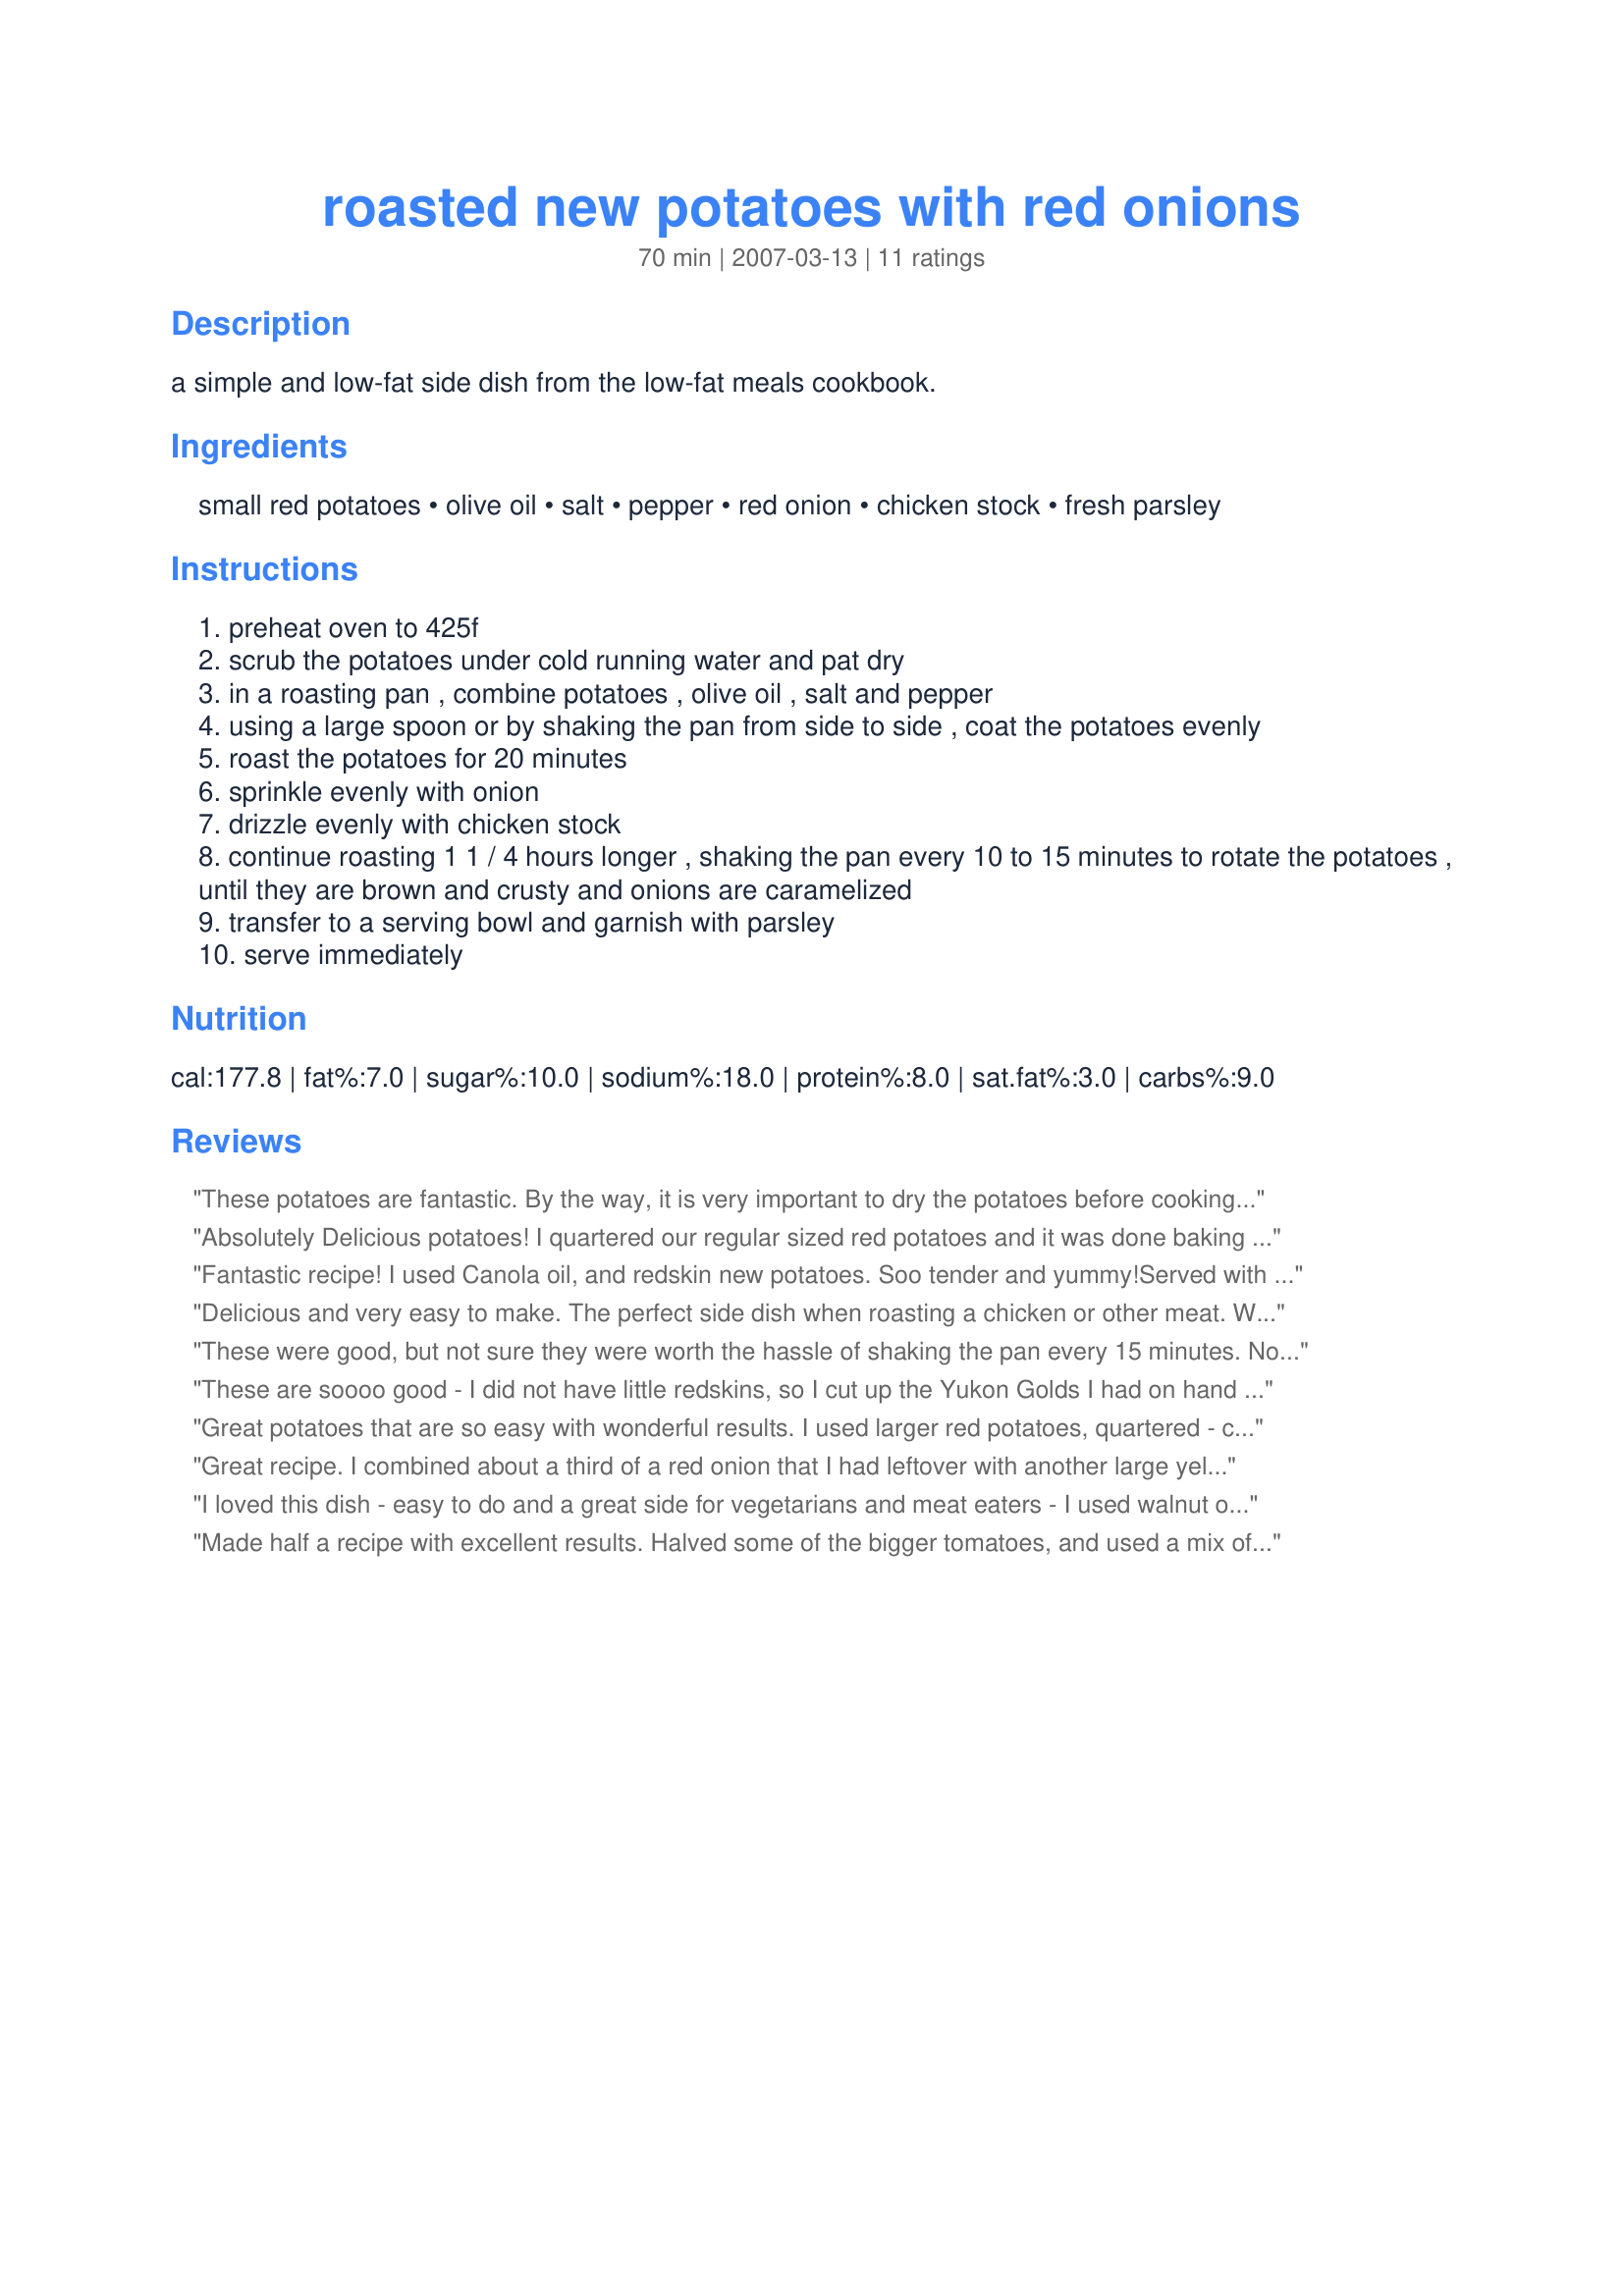
roasted new potatoes with red onions
Preparation time: 70 minutes

a simple and low-fat side dish from the low-fat meals cookbook.

Ingredients:
small red potatoes, olive oil, salt, pepper, red onion, chicken stock, fresh parsley

Steps:
preheat oven to 425f
scrub the potatoes under cold running water and pat dry
in a roasting pan , combine potatoes , olive oil , salt and pepper
using a large spoon or by shaking the pan from side to side , coat the potatoes evenly
roast the potatoes for 20 minutes
sprinkle evenly with onion
drizzle evenly with chicken stock
continue roasting 1 1 / 4 hours longer , shaking the pan every 10 to 15 minutes to rotate the potatoes , until they are brown and crusty and onions are caramelized
transfer to a serving bowl and garnish with parsley
serve immediately

Reviews:
These potatoes are fantastic. By the way, it is very important to dry the potatoes before cooking to get good resullts. Made as written and thoroughly enjoyed for Zaar World Tour.
Absolutely Delicious potatoes! I quartered our regular sized red potatoes and it was done baking in 1 hr total cook time. Served this with recipe#20099 and recipe#153388
Fantastic recipe! I used Canola oil, and redskin new potatoes. Soo tender and yummy!<br/>Served with Red Snapper , and the flavors blended very well.
Delicious and very easy to make. The perfect side dish when roasting a chicken or other meat. Will definitely make again.
These were good, but not sure they were worth the hassle of shaking the pan every 15 minutes. Not sure if I would make again?
These are soooo good - I did not have little redskins, so I cut up the Yukon Golds I had on hand and ended up cooking for 15 minutes less than listed in the recipe. These quickly disappeared at a family dinner and everyone raved about them. There were picky eaters, so when everyone likes something, you know it has to be good. These are a keeper, I love the little redskins so I will be doing that way, but it is nice to have options. Thank you lazyme
Great potatoes that are so easy with wonderful results. I used larger red potatoes, quartered - cooking a bit less. Thanks for sharing this keeper.
Great recipe. I combined about a third of a red onion that I had leftover with another large yellow onion. The potatoes came out wonderful, a little crisp on the outside and tender on the inside. The flavor of the onions was fantasitic. My whole family liked them, even my picky eater daughters. The only thing I changed in the recipe was to reduce the time by twenty minutes because the onions were on the verge of burning.
I loved this dish - easy to do and a great side for vegetarians and meat eaters - I used walnut oil instead of olive oil with a fabulous result and as I had no parsley I sprinkled snipped basil over the top so many thanks to lazyme.
Made half a recipe with excellent results. Halved some of the bigger tomatoes, and used a mix of vidalia (left over) and red onions. I may have cut the onions too small, as they were more burnt, much less caramelized. That's okay, both my BF and I like them that way. Excellent low-fat side dish:)
TY Lazy for a wonderful recipe for the Redskin's I got yesterday from the farmer's market. Also bought a sweet yellow onion to add. The chickenbroth really comes thru nicely and thickens a bit on the bottom of the pan for added goodness w/the onion. Fabulous!!
Made for MarketTag~
